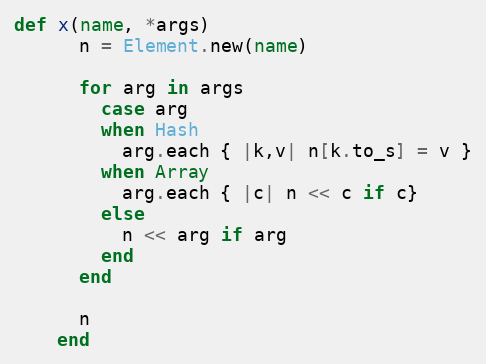
Language: Ruby
def x(name, *args)
      n = Element.new(name)

      for arg in args
        case arg
        when Hash
          arg.each { |k,v| n[k.to_s] = v }
        when Array
          arg.each { |c| n << c if c}
        else
          n << arg if arg
        end
      end

      n
    end